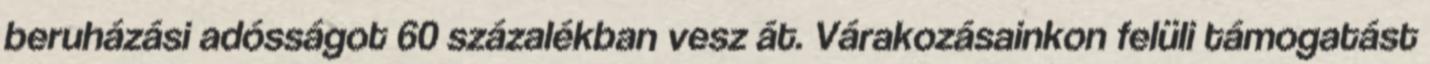
beruházási adósságot 60 százalékban vesz át. Várakozásainkon felüli támogatást